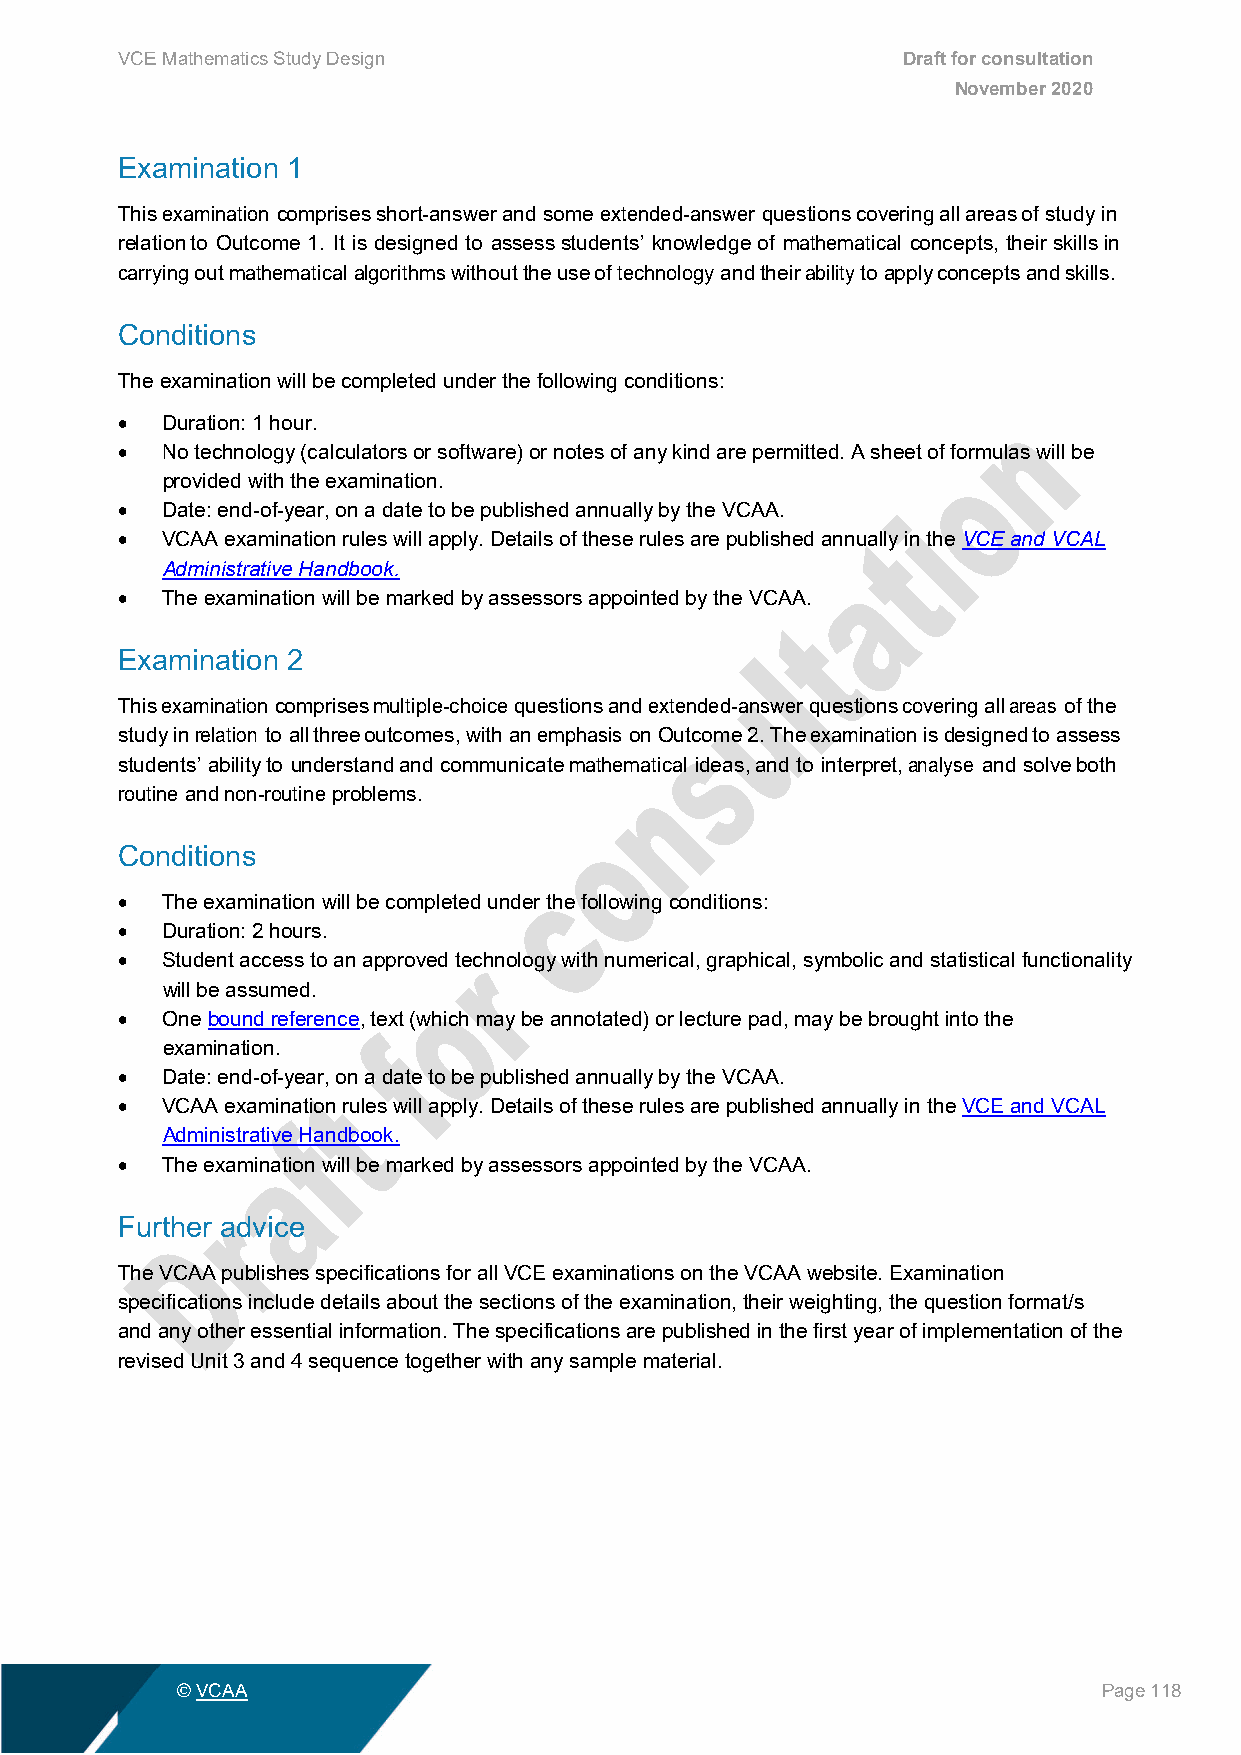
VCE Mathematics Study Design                        Draft for consultation
 November 2020
 Examination 1
 This examination comprises short-answer and some extended-answer questions covering all areas of study in
 relation to Outcome 1. It is designed to assess students’ knowledge of mathematical concepts, their skills in
 carrying out mathematical algorithms without the use of technology and their ability to apply concepts and skills.
 Conditions
 The examination will be completed under the following conditions:
 •  Duration: 1 hour.
 •  No technology (calculators or software) or notes of any kind are permitted. A sheet of formulas will be
 provided with the examination.
 •  Date: end-of-year, on a date to be published annually by the VCAA.
 •  VCAA examination rules will apply. Details of these rules are published annually in the VCE and VCAL
 Administrative Handbook.
 •  The examination will be marked by assessors appointed by the VCAA.
 Examination 2
 This examination comprises multiple-choice questions and extended-answer questions covering all areas of the
 study in relation to all three outcomes, with an emphasis on Outcome 2. The examination is designed to assess
 students’ ability to understand and communicate mathematical ideas, and to interpret, analyse and solve both
 routine and non-routine problems.
 Conditions
 •  The examination will be completed under the following conditions:
 •  Duration: 2 hours.
 •  Student access to an approved technology with numerical, graphical, symbolic and statistical functionality
 will be assumed.
 •  One bound reference, text (which may be annotated) or lecture pad, may be brought into the
 examination.
 •  Date: end-of-year, on a date to be published annually by the VCAA.
 •  VCAA examination rules will apply. Details of these rules are published annually in the VCE and VCAL
 Administrative Handbook.
 •  The examination will be marked by assessors appointed by the VCAA.
 Further advice
 The VCAA publishes specifications for all VCE examinations on the VCAA website. Examination
 specifications include details about the sections of the examination, their weighting, the question format/s
 and any other essential information. The specifications are published in the first year of implementation of the
 revised Unit 3 and 4 sequence together with any sample material.
 © VCAA                                                       Page 118